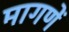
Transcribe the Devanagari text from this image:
मागणें